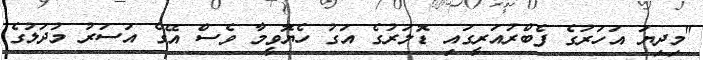
"މިދިޔަ އަހަރުގެ ފެބްރުއަރީގައި ޑޮލަރުގެ އަގު ހެޔޮވީމާ ވެސް އޭގެ އަސަރު މުދަލުގެ